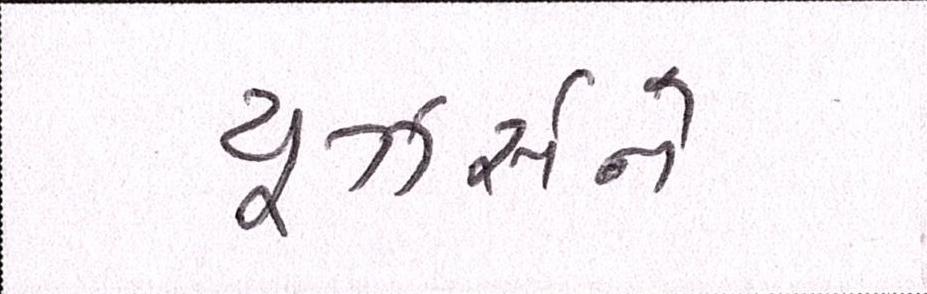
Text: યૂઝર્સને